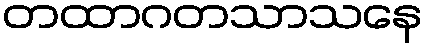
တထာဂတသာသနေ